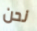
نحن